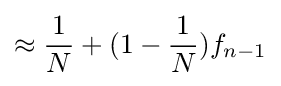
\approx {\frac {1}{N}}+(1-{\frac {1}{N}})f_{n-1}